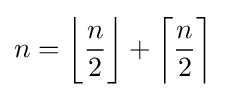
n=\left\lfloor {\frac {n{\vphantom {1}}}{2}}\right\rfloor +\left\lceil {\frac {n{\vphantom {1}}}{2}}\right\rceil